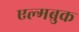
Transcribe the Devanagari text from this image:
एल्मब्रुक